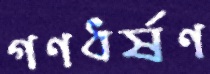
গণধর্ষণ